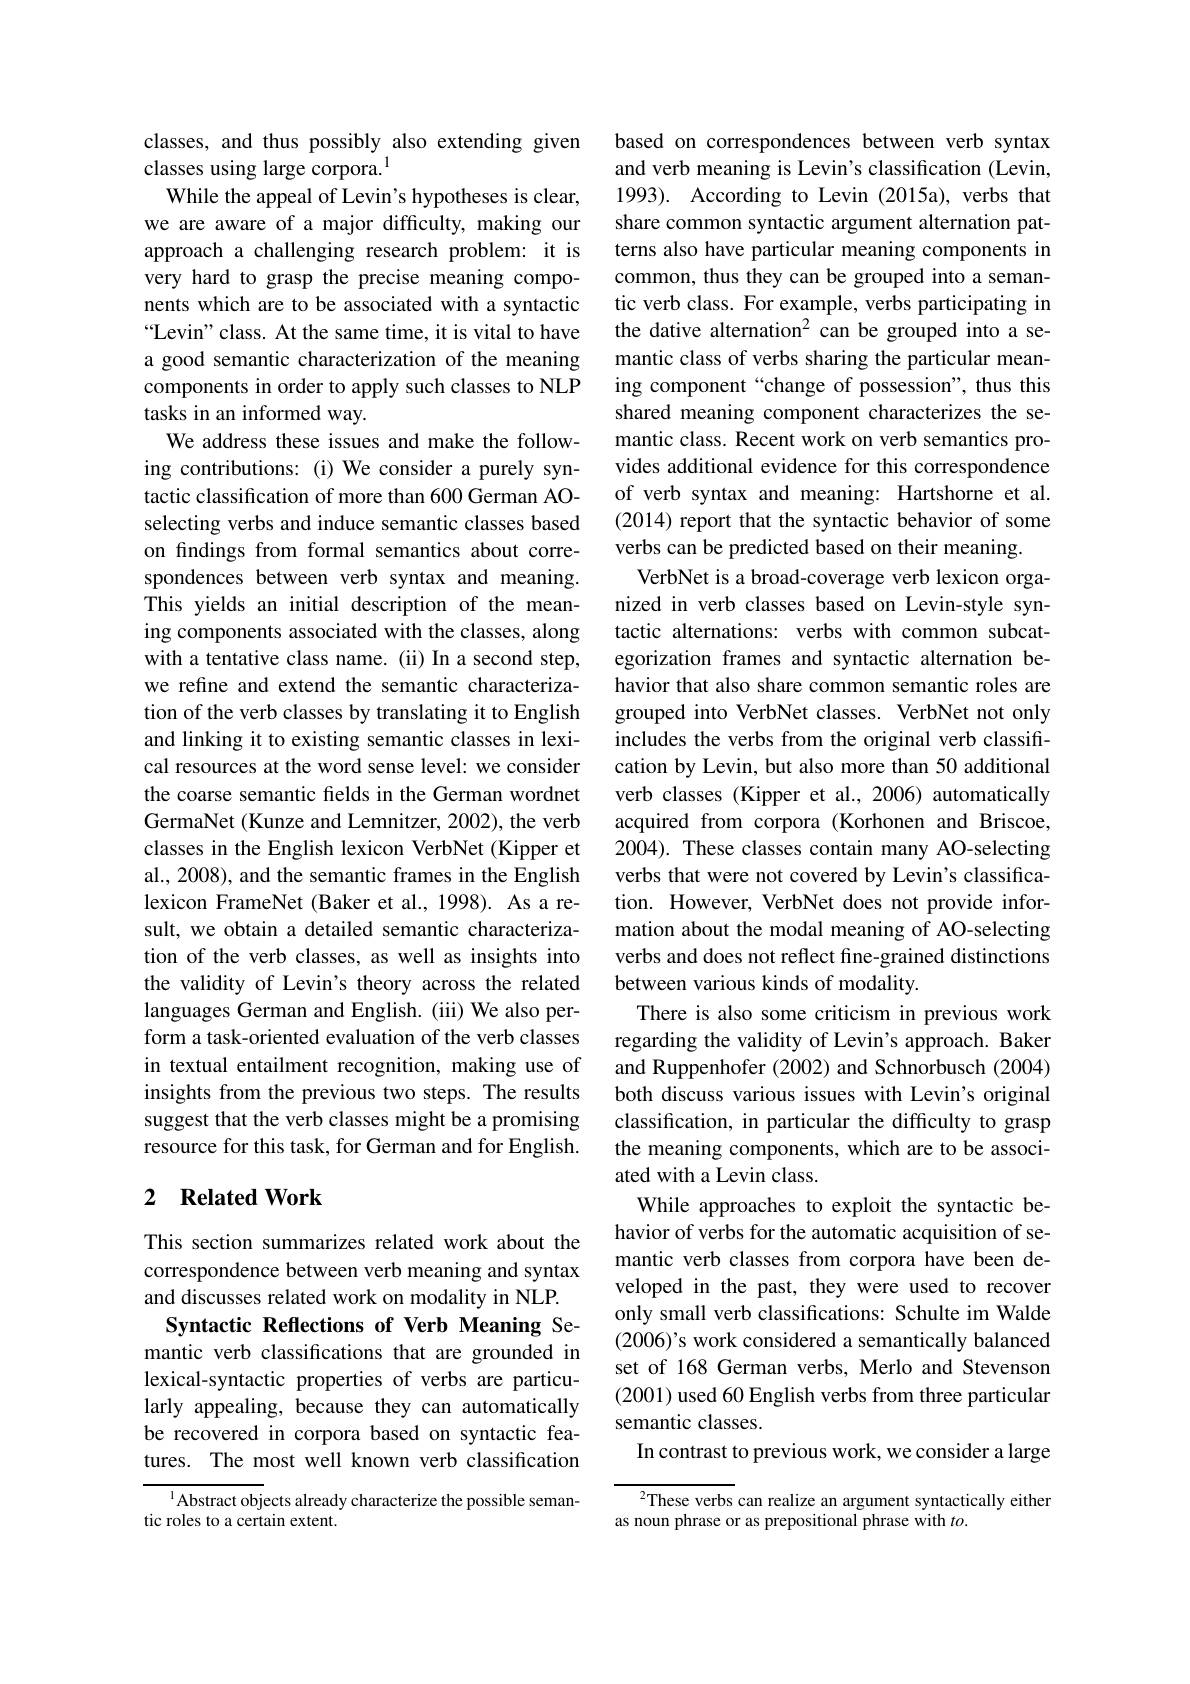
classes, and thus possibly also extending given
classes using large corpora.$^{1}$
While the appeal of Levin's hypotheses is clear, we are aware of a major difficulty, making our approach a challenging research problem: it is very hard to grasp the precise meaning components which are to be associated with a syntactic “Levin" class. At the same time, it is vital to have a good semantic characterization of the meaning components in order to apply such classes to NLP tasks in an informed way.
We address these issues and make the following contributions: (i) We consider a purely syntactic classification of more than 600 German AOselecting verbs and induce semantic classes based on findings from formal semantics about correspondences between verb syntax and meaning. This yields an initial description of the meaning components associated with the classes, along with a tentative class name. (ii) In a second step, we refine and extend the semantic characterization of the verb classes by translating it to English and linking it to existing semantic classes in lexical resources at the word sense level: we consider the coarse semantic fields in the German wordnet GermaNet (Kunze and Lemnitzer, 2002), the verb classes in the English lexicon VerbNet (Kipper et al., 2008), and the semantic frames in the English lexicon FrameNet (Baker et al., 1998). As a result, we obtain a detailed semantic characterization of the verb classes, as well as insights into the validity of Levin's theory across the related languages German and English. (iii) We also perform a task-oriented evaluation of the verb classes in textual entailment recognition, making use of insights from the previous two steps. The results suggest that the verb classes might be a promising resource for this task, for German and for English.

## 2 Related Work

This section summarizes related work about the correspondence between verb meaning and syntax and discusses related work on modality in NLP.
Syntactic Reflections of Verb Meaning Semantic verb classifications that are grounded in lexical-syntactic properties of verbs are particularly appealing, because they can automatically be recovered in corpora based on syntactic features. The most well known verb classification

$^{1}$Abstract objects already characterize the possible seman-
tic roles to a certain extent.

based on correspondences between verb syntax and verb meaning is Levin's classification (Levin, 1993). According to Levin (2015a), verbs that share common syntactic argument alternation patterns also have particular meaning components in common, thus they can be grouped into a semantic verb class. For example, verbs participating in the dative alternation$^{2}$ can be grouped into a semantic class of verbs sharing the particular meaning component “change of possession", thus this shared meaning component characterizes the semantic class. Recent work on verb semantics provides additional evidence for this correspondence of verb syntax and meaning: Hartshorne et al. (2014) report that the syntactic behavior of some verbs can be predicted based on their meaning.
VerbNet is a broad-coverage verb lexicon organized in verb classes based on Levin-style syntactic alternations: verbs with common subcategorization frames and syntactic alternation behavior that also share common semantic roles are grouped into VerbNet classes. VerbNet not only includes the verbs from the original verb classification by Levin, but also more than 50 additional verb classes (Kipper et al., 2006) automatically acquired from corpora (Korhonen and Briscoe, 2004). These classes contain many AO-selecting verbs that were not covered by Levin's classification. However, VerbNet does not provide information about the modal meaning of AO-selecting verbs and does not reflect fine-grained distinctions between various kinds of modality.
There is also some criticism in previous work regarding the validity of Levin's approach. Baker and Ruppenhofer (2002) and Schnorbusch (2004) both discuss various issues with Levin's original classification, in particular the difficulty to grasp the meaning components, which are to be associated with a Levin class.
While approaches to exploit the syntactic behavior of verbs for the automatic acquisition of semantic verb classes from corpora have been developed in the past, they were used to recover only small verb classifications: Schulte im Walde (2006)'s work considered a semantically balanced set of 168 German verbs, Merlo and Stevenson (2001) used 60 English verbs from three particular semantic classes.
In contrast to previous work, we consider a large $^{2}$These verbs can realize an argument syntactically either

as noun phrase or as prepositional phrase with $to.$